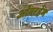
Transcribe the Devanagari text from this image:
ओवरहेम